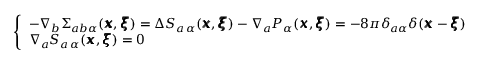
\left\{ \begin{array} { l l } { - \nabla _ { b } \Sigma _ { a b \alpha } ( { \pmb x } , { \pmb \xi } ) = \Delta S _ { a \, \alpha } ( { \pmb x } , { \pmb \xi } ) - \nabla _ { a } P _ { \alpha } ( { \pmb x } , { \pmb \xi } ) = - 8 \pi \delta _ { a \alpha } \delta ( { \pmb x } - { \pmb \xi } ) } \\ { \nabla _ { a } S _ { a \, \alpha } ( { \pmb x } , { \pmb \xi } ) = 0 } \end{array} \right.